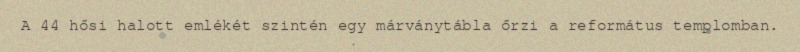
A 44 hősi halott emlékét szintén egy márványtábla őrzi a református templomban.